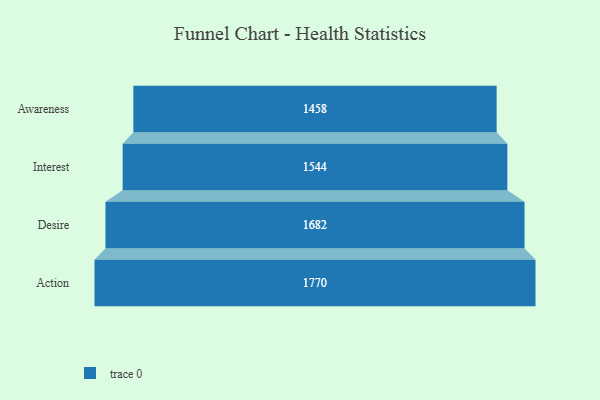
{"axis": {"x": "Stage", "y": "Value"}, "legend": [""], "data": [{"x": "Awareness", "y": 1458.0, "type": ""}, {"x": "Interest", "y": 1544.0, "type": ""}, {"x": "Desire", "y": 1682.0, "type": ""}, {"x": "Action", "y": 1770.0, "type": ""}]}